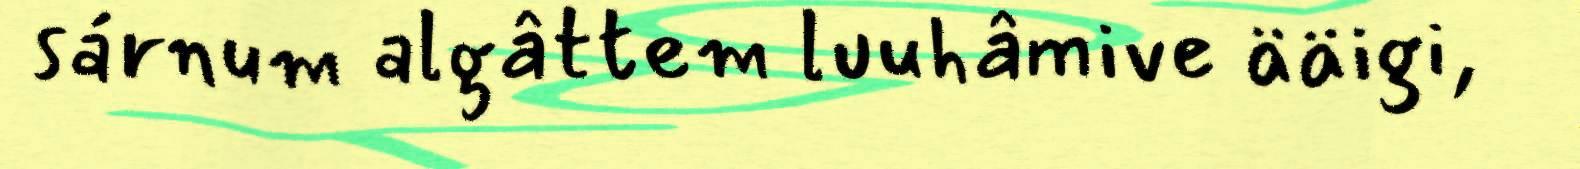
sárnum algâttem luuhâmive ääigi,